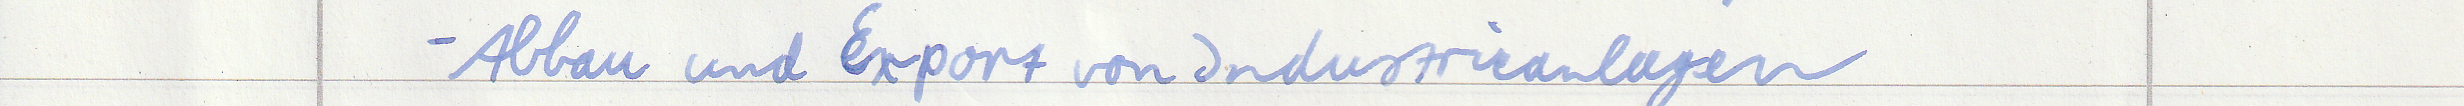
- Abbau und Export von Industrieanlagen